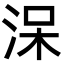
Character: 㳭